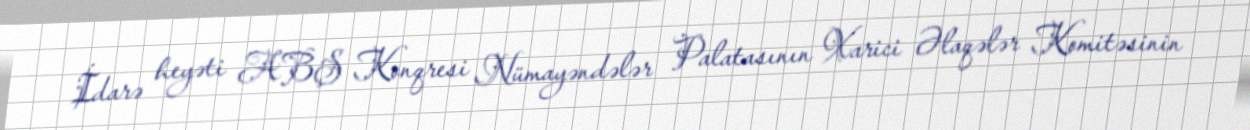
İdarə heyəti ABŞ Konqresi Nümayəndələr Palatasının Xarici Əlaqələr Komitəsinin